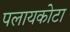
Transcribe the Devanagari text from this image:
पलायकोटा